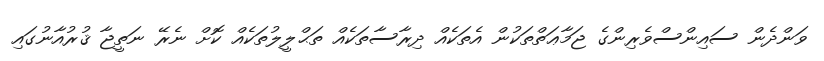
ވަންދެން ސައިންސްވެރިންގެ ޖަމާޢަތްތަކުން އެތަކެއް ދިރާސާތަކެއް ތަޙްލީލުތަކެއް ކޮށް ނެރޭ ނަތީޖާ ޤުރުއާނުގައި